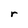
Character: r